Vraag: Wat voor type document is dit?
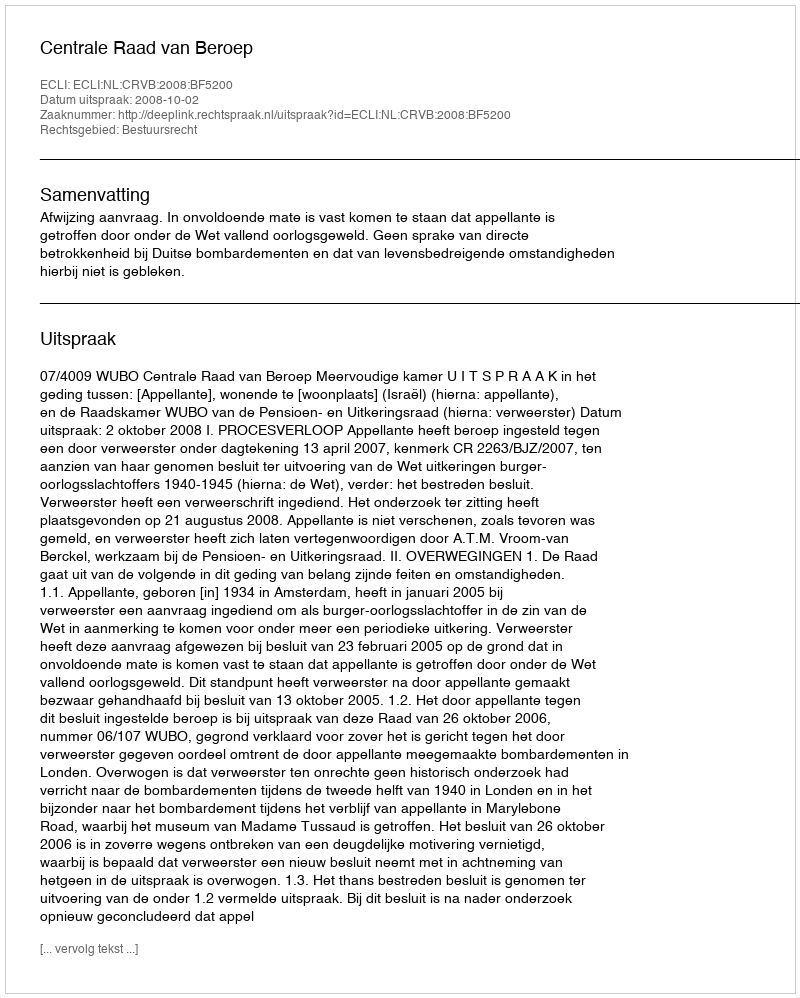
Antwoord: Uitspraak